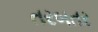
તરબતર